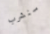
سنشرب